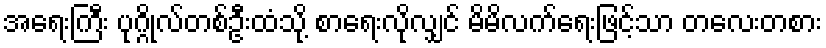
အရေးကြီး ပုဂ္ဂိုလ်တစ်ဦးထံသို့ စာရေးလိုလျှင် မိမိလက်ရေးဖြင့်သာ တလေးတစား